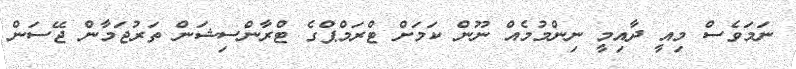
ނަމަވެސް މިއީ ދާއިމީ ނިންމުމެއް ނޫން ކަމަށް ޓްރަމްޕްގެ ޓްރާންސިޝަން ތަރުޖަމާން ޖޭސަން